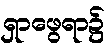
ရှာဖွေရာ၌